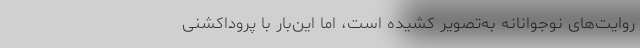
روایت‌های نوجوانانه به‌تصویر کشیده است، اما این‌بار با پروداکشنی